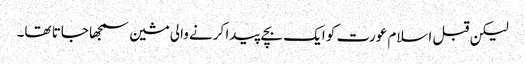
لیکن قبل اسلام عورت کو ایک بچے پیدا کرنے والی مشین سمجھا جاتا تھا۔